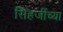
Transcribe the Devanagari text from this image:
सिंहजींच्या